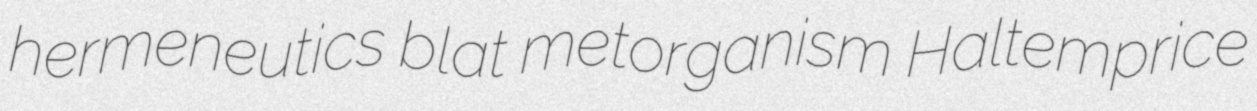
hermeneutics blat metorganism Haltemprice